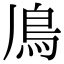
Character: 𩾑